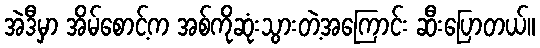
အဲဒီမှာ အိမ်စောင့်က အစ်ကိုဆုံးသွားတဲ့အကြောင်း ဆီးပြောတယ်။